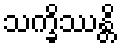
သက္ခိဿန္တိ